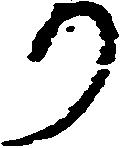
り